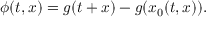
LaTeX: \phi ( t , x ) = g ( t + x ) - g ( x _ { 0 } ( t , x ) ) .